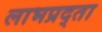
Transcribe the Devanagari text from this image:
लाभप्रद्ता